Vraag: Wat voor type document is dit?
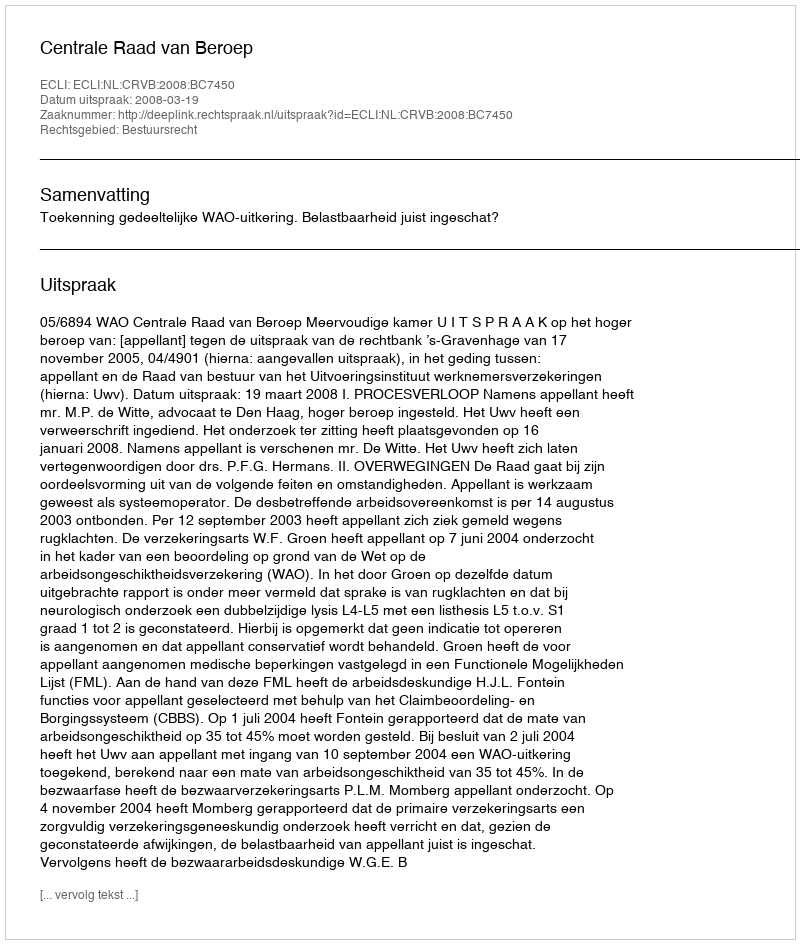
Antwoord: Uitspraak